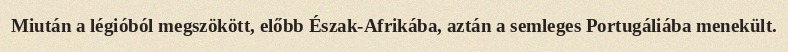
Miután a légióból megszökött, előbb Észak-Afrikába, aztán a semleges Portugáliába menekült.